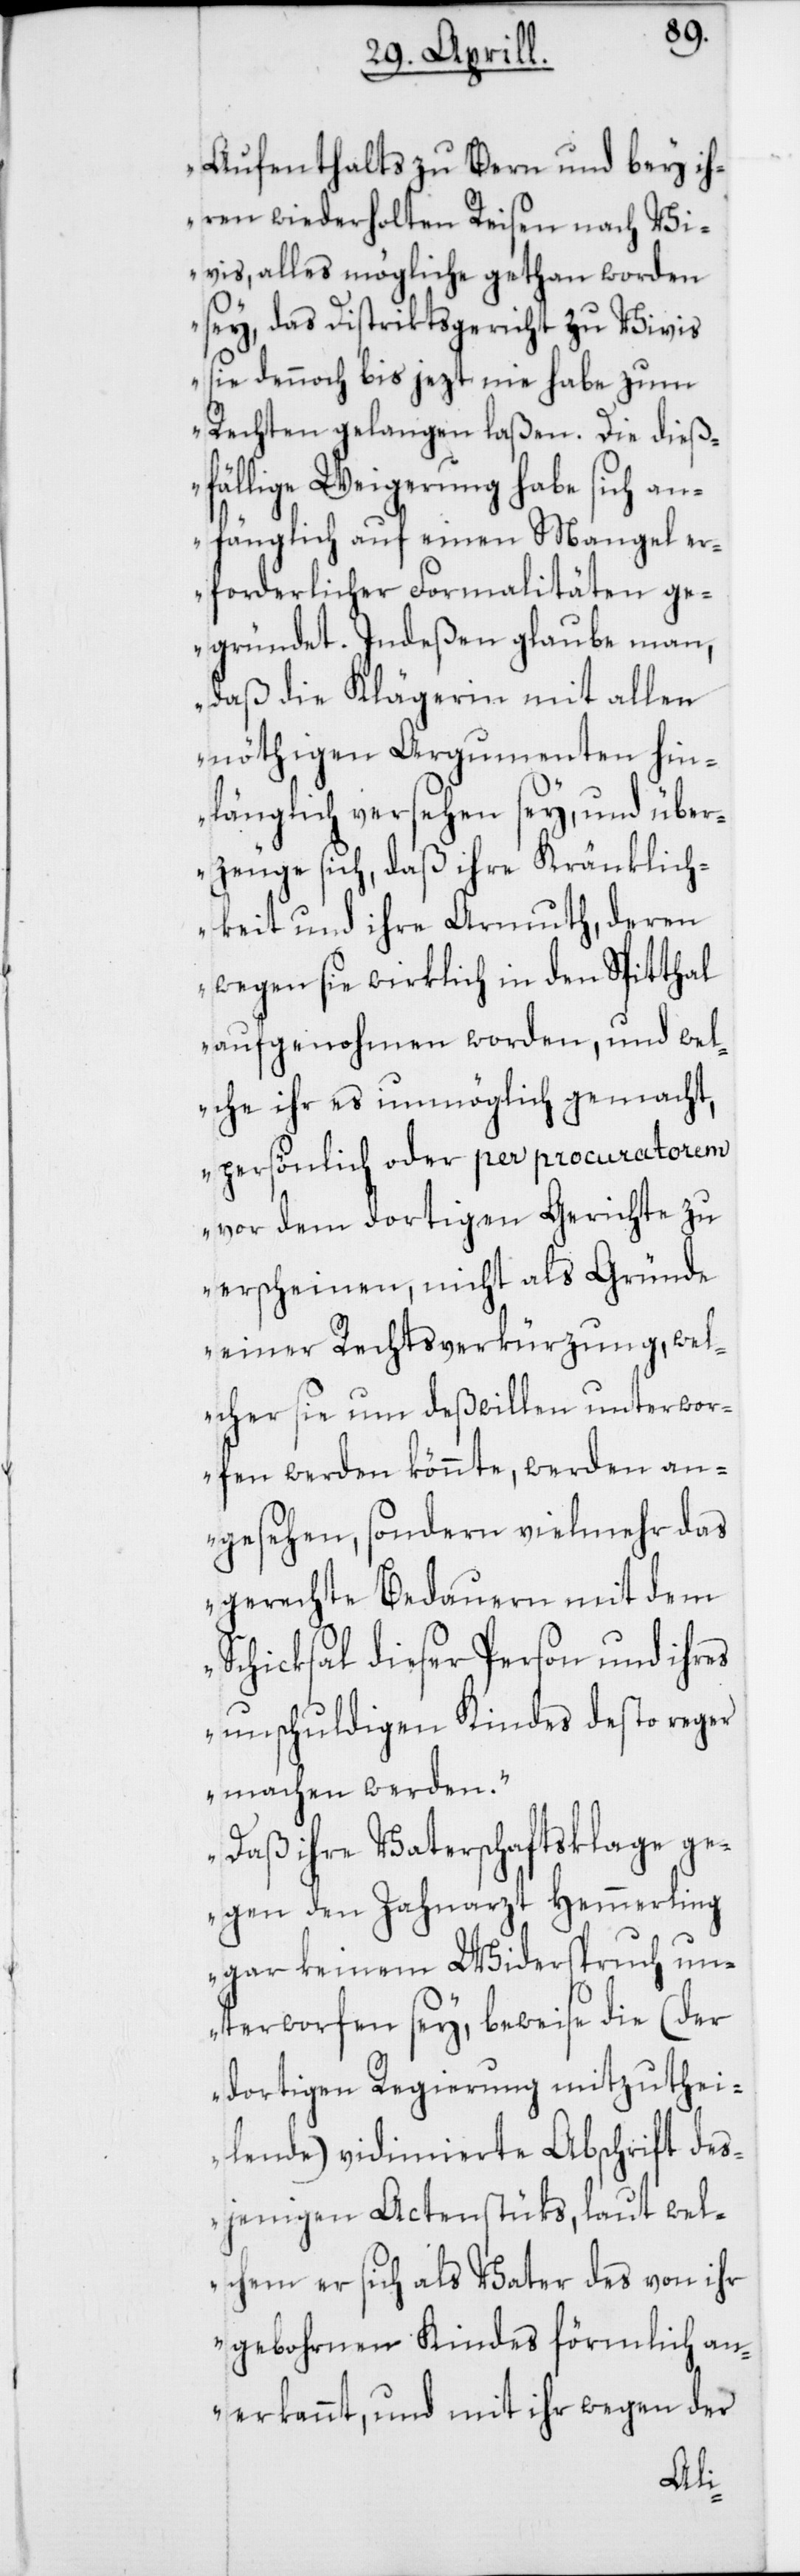
Aufenthalts zu Bern und bey ih¬
ren wiederholten Reisen nach Vi¬
vis, alles mögliche gethan worden
sey, das Distriktsgericht zu Vivis
sie dennoch bis jezt nie habe zum
Rechten gelangen laßen. Die dieß¬
fällige Weigerung habe sich an¬
fänglich auf einen Mangel er¬
forderlicher Formalitäten ge¬
gründet. Indeßen glaube man,
daß die Klägerin mit allen
nöthigen Argumenten hin¬
länglich versehen sey, und über¬
zeuge sich, daß ihre Kränklich¬
keit und ihre Armuth, deren
wegen sie wirklich in den Spitthal
aufgenohmen worden, und wel¬
che ihr es unmöglich gemacht,
persönlich oder per procuratorem
vor dem dortigen Gerichte zu
erscheinen, nicht als Gründe
einer Rechtsverkürzung, wel¬
cher sie um deßwillen unterwor¬
fen werden könnte, werden an¬
gesehen, sondern vielmehr das
gerechte Bedauern mit dem
Schicksal dieser Person und ihres
unschuldigen Kindes desto reger
machen werden.
Daß ihre Vaterschaftsklage ge¬
gen den Zahnarzt Hemmerling
gar keinem Widerspruch un¬
terworfen sey, beweise die (der
dortigen Regierung mitzuthei¬
lende) vidimierte Abschrift des¬
jenigen Actenstücks, laut wel¬
chem er sich als Vater des von ihr
gebohrnen Kindes förmlich an¬
erkennt, und mit ihr wegen der